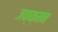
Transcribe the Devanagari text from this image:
जक्क्मन